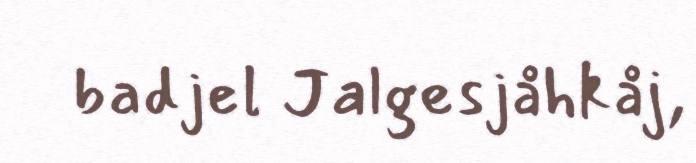
badjel Jalgesjåhkåj,